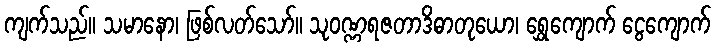
ကျက်သည်။ သမာနော၊ ဖြစ်လတ်သော်။ သုဝဏ္ဏရဇတာဒိဓာတုယော၊ ရွှေကျောက် ငွေကျောက်